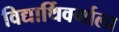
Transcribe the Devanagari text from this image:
विद्यार्थिवर्गाला